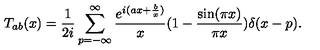
T _ { a b } ( x ) = { \frac { 1 } { 2 i } } \sum _ { p = - \infty } ^ { \infty } { \frac { e ^ { i ( a x + { \frac { b } { x } } ) } } { x } } ( 1 - { \frac { \sin ( \pi x ) } { \pi x } } ) \delta ( x - p ) .